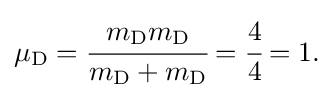
\mu _{\mathrm {D} }={\cfrac {m_{\mathrm {D} }m_{\mathrm {D} }}{m_{\mathrm {D} }+m_{\mathrm {D} }}}={\cfrac {4}{4}}=1.\!